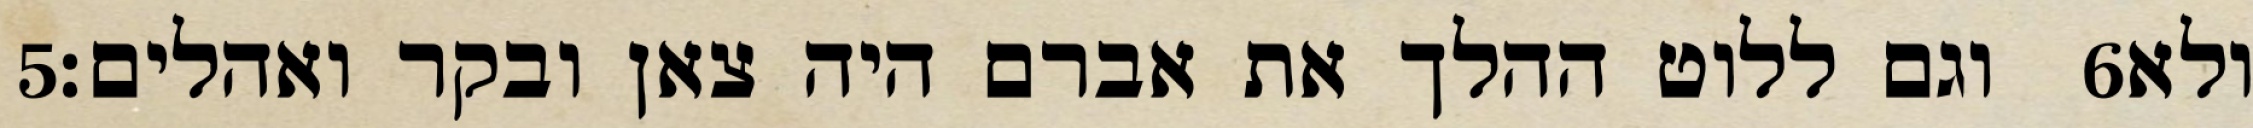
‎5‏ וגם ללוט ההלך את אברם היה צאן ובקר ואהלים׃ ‎6‏ ולא